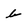
Character: b